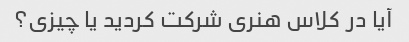
آیا در کلاس هنری شرکت کردید یا چیزی؟